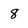
Character: 8